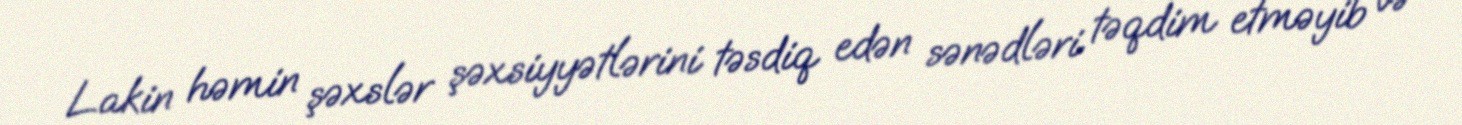
Lakin həmin şəxslər şəxsiyyətlərini təsdiq edən sənədləri təqdim etməyib və